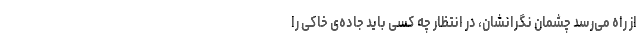
از راه می‌رسد چشمان نگرانشان، در انتظار چه کسی باید جاده‌ی خاکی را